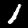
Digit: 1